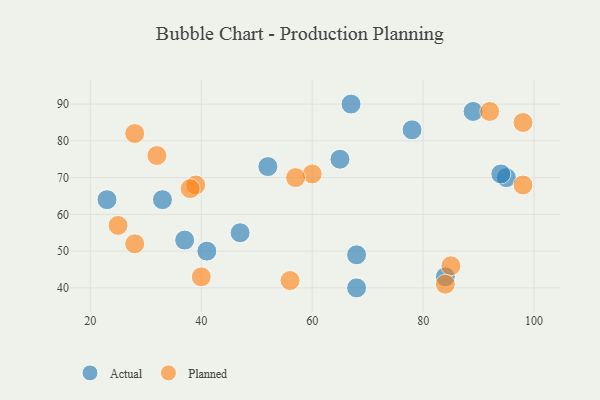
{"axis": {"x": "GDP", "y": "Life Expectancy"}, "legend": ["Actual", "Planned"], "data": [{"x": "68", "y": 40, "type": "Actual"}, {"x": "78", "y": 83, "type": "Actual"}, {"x": "95", "y": 70, "type": "Actual"}, {"x": "37", "y": 53, "type": "Actual"}, {"x": "47", "y": 55, "type": "Actual"}, {"x": "67", "y": 90, "type": "Actual"}, {"x": "94", "y": 71, "type": "Actual"}, {"x": "52", "y": 73, "type": "Actual"}, {"x": "65", "y": 75, "type": "Actual"}, {"x": "89", "y": 88, "type": "Actual"}, {"x": "84", "y": 43, "type": "Actual"}, {"x": "41", "y": 50, "type": "Actual"}, {"x": "33", "y": 64, "type": "Actual"}, {"x": "68", "y": 49, "type": "Actual"}, {"x": "23", "y": 64, "type": "Actual"}, {"x": "85", "y": 46, "type": "Planned"}, {"x": "40", "y": 43, "type": "Planned"}, {"x": "56", "y": 42, "type": "Planned"}, {"x": "98", "y": 85, "type": "Planned"}, {"x": "60", "y": 71, "type": "Planned"}, {"x": "25", "y": 57, "type": "Planned"}, {"x": "39", "y": 68, "type": "Planned"}, {"x": "84", "y": 41, "type": "Planned"}, {"x": "92", "y": 88, "type": "Planned"}, {"x": "28", "y": 52, "type": "Planned"}, {"x": "98", "y": 68, "type": "Planned"}, {"x": "57", "y": 70, "type": "Planned"}, {"x": "28", "y": 82, "type": "Planned"}, {"x": "32", "y": 76, "type": "Planned"}, {"x": "38", "y": 67, "type": "Planned"}]}